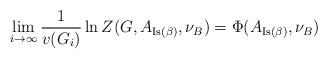
LaTeX: \begin{align*}\lim_{i\to \infty}\frac{1}{v(G_i)}\ln Z(G,A_{\mathrm{Is}(\beta)},\nu_B)=\Phi(A_{\mathrm{Is}(\beta)},\nu_B)\end{align*}